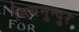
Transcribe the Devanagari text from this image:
सिगमुन्दुर